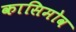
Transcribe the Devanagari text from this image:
कासिमोव